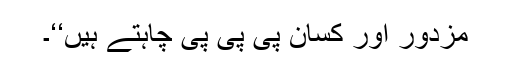
مزدور اور کسان پی پی پی چاہتے ہیں‘‘۔